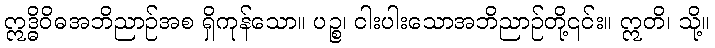
ဣဒ္ဓိဝိဓအဘိညာဉ်အစ ရှိကုန်သော။ ပဉ္စ၊ ငါးပါးသောအဘိညာဉ်တို့၎င်း။ ဣတိ၊ သို့။